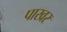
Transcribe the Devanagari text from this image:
पाखर